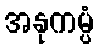
အနုကမ္ပံ